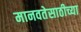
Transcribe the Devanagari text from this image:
मानवतेसाठीच्या